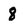
Character: 8